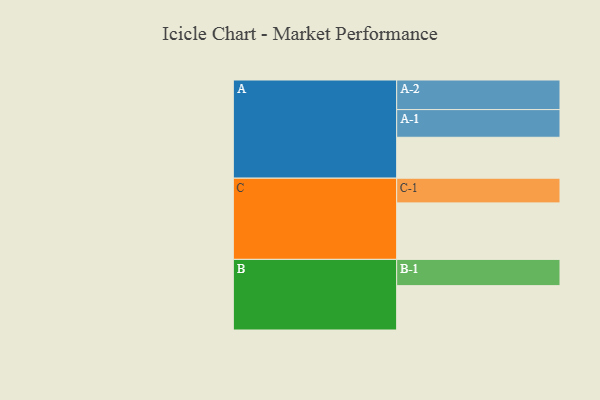
{"axis": {"x": "Segment", "y": "Value"}, "legend": ["", "A", "B", "C"], "data": [{"x": "A", "y": 368, "type": ""}, {"x": "B", "y": 399, "type": ""}, {"x": "C", "y": 508, "type": ""}, {"x": "A-1", "y": 249, "type": "A"}, {"x": "A-2", "y": 266, "type": "A"}, {"x": "B-1", "y": 236, "type": "B"}, {"x": "C-1", "y": 222, "type": "C"}]}